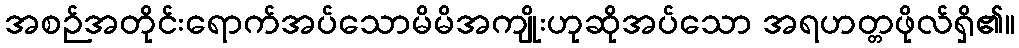
အစဉ်အတိုင်းရောက်အပ်သောမိမိအကျိုးဟုဆိုအပ်သော အရဟတ္တဖိုလ်ရှိ၏။